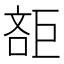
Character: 𣁔